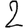
Digit: 2